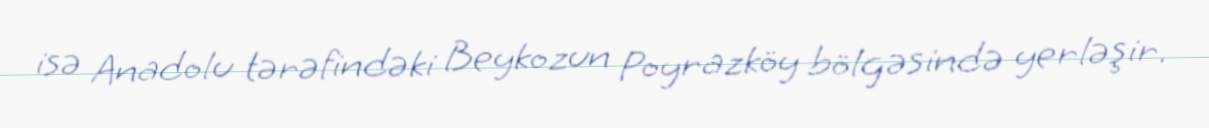
isə Anadolu tərəfindəki Beykozun Poyrazköy bölgəsində yerləşir.